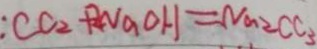
: C O _ { 2 } + 2 N a O H = N a _ { 2 } C C _ { 3 }